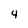
Character: 4